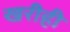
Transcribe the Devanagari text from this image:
खरीही